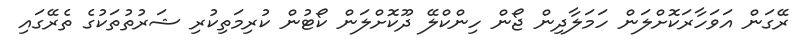
ރޭގަން އަވަހާރަކޮށްލަން ހަމަލާދިން ޖޯން ހިންކްލޭ ދޫކޮށްލަން ކޯޓުން ކުރިމަތިކުރި ޝަރުތުތަކުގެ ތެރޭގައި